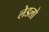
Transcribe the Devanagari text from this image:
लेडलो